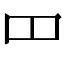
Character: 𫩏